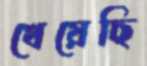
খেয়েছি